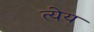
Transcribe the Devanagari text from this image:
त्येय